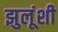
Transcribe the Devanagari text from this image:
झुलूंशी